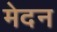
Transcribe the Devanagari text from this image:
मेदन